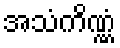
အသံကိဏ္ဏံ